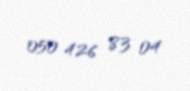
050 426 83 04